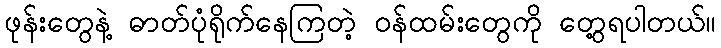
ဖုန်းတွေနဲ့ ဓာတ်ပုံရိုက်နေကြတဲ့ ဝန်ထမ်းတွေကို တွေ့ရပါတယ်။